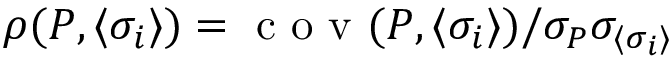
\rho ( P , \langle \sigma _ { i } \rangle ) = \mathrm { ~ c ~ o ~ v ~ } ( P , \langle \sigma _ { i } \rangle ) / { \sigma _ { P } \sigma _ { \langle \sigma _ { i } \rangle } }